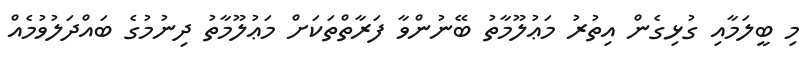
މި ބީލަމާއި ގުޅިގެން އިތުރު މަޢުލޫމާތު ބޭނުންވާ ފަރާތްތަކަށް މަޢުލޫމާތު ދިނުމުގެ ބައްދަލުވުމެއް